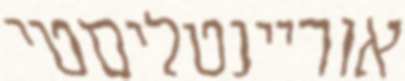
אוריינטליסטי